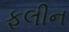
ફલીન